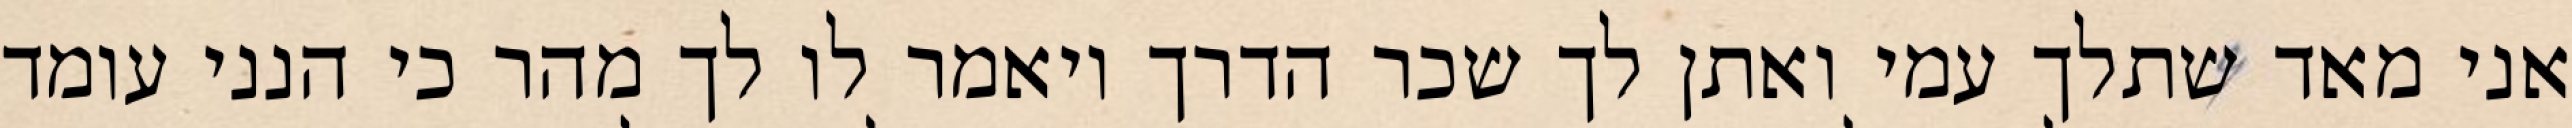
אני מאד שתלך עמי ואתן לך שכר הדרך ויאמר לו לך מהר כי הנני עומד